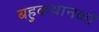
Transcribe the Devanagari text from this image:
बहुकथानकों